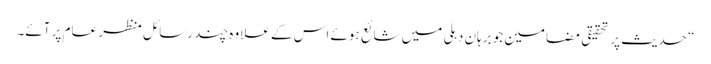
“ حدیث پر تحقیقی مضامین جو برہان دہلی میں شائع ہوئے اس کے علاوہ چند رسائل منظر عام پر آئے۔